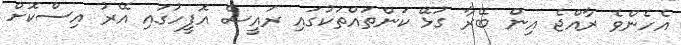
އެހެންވެ ރާއްޖެ އިން ބޭރާ ގުޅޭ ކަންތައްތަކުގައި ރައީސް އޮފީހުގައި އޭރު އިސްކޮށް